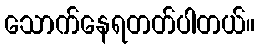
သောက်နေရတတ်ပါတယ်။